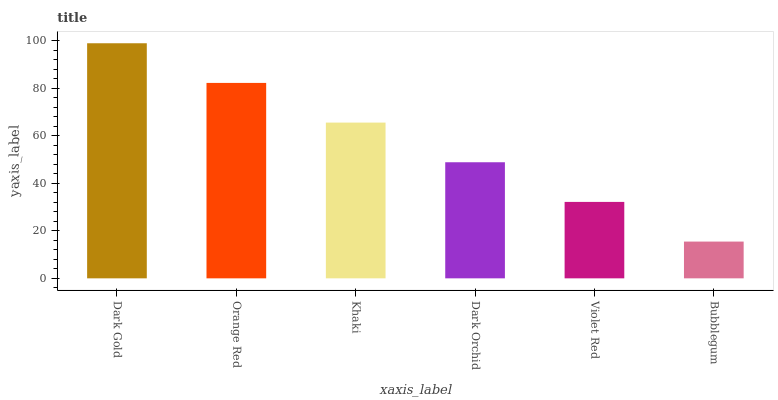
| xaxis_label | bars |
 | --- | --- |
 | Dark Gold | 99 |
 | Orange Red | 82.3 |
 | Khaki | 65.6 |
 | Dark Orchid | 48.9 |
 | Violet Red | 32.2 |
 | Bubblegum | 15.5 |